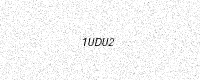
Text: 1UDU2